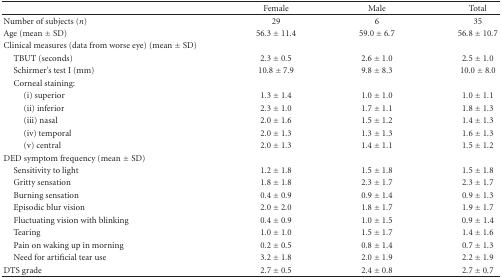
<table><thead><tr><td><b> </b></td><td><b>Female</b></td><td><b>Male</b></td><td><b>Total</b></td></tr></thead><tbody><tr><td>Number of subjects (<i>n</i>)</td><td>29</td><td>6</td><td>35</td></tr><tr><td>Age (mean ± SD)</td><td>56.3 ± 11.4</td><td>59.0 ± 6.7</td><td>56.8 ± 10.7</td></tr><tr><td>Clinical measures (data from worse eye) (mean ± SD)</td><td> </td><td> </td><td> </td></tr><tr><td> TBUT (seconds)</td><td>2.3 ± 0.5</td><td>2.6 ± 1.0</td><td>2.5 ± 1.0</td></tr><tr><td> Schirmer&#x27;s test I (mm)</td><td>10.8 ± 7.9</td><td>9.8 ± 8.3</td><td>10.0 ± 8.0</td></tr><tr><td> Corneal staining:</td><td> </td><td> </td><td> </td></tr><tr><td>(i) superior</td><td>1.3 ± 1.4</td><td>1.0 ± 1.0</td><td>1.0 ± 1.1</td></tr><tr><td>(ii) inferior</td><td>2.3 ± 1.0</td><td>1.7 ± 1.1</td><td>1.8 ± 1.3</td></tr><tr><td>(iii) nasal</td><td>2.0 ± 1.6</td><td>1.5 ± 1.2</td><td>1.4 ± 1.3</td></tr><tr><td>(iv) temporal</td><td>2.0 ± 1.3</td><td>1.3 ± 1.3</td><td>1.6 ± 1.3</td></tr><tr><td>(v) central</td><td>2.0 ± 1.3</td><td>1.4 ± 1.1</td><td>1.5 ± 1.2</td></tr><tr><td>DED symptom frequency (mean ± SD)</td><td> </td><td> </td><td> </td></tr><tr><td> Sensitivity to light</td><td>1.2 ± 1.8</td><td>1.5 ± 1.8</td><td>1.5 ± 1.8</td></tr><tr><td> Gritty sensation</td><td>1.8 ± 1.8</td><td>2.3 ± 1.7</td><td>2.3 ± 1.7</td></tr><tr><td> Burning sensation</td><td>0.4 ± 0.9</td><td>0.9 ± 1.4</td><td>0.9 ± 1.3</td></tr><tr><td> Episodic blur vision</td><td>2.0 ± 2.0</td><td>1.8 ± 1.7</td><td>1.9 ± 1.7</td></tr><tr><td> Fluctuating vision with blinking</td><td>0.4 ± 0.9</td><td>1.0 ± 1.5</td><td>0.9 ± 1.4</td></tr><tr><td> Tearing</td><td>1.0 ± 1.0</td><td>1.5 ± 1.7</td><td>1.4 ± 1.6</td></tr><tr><td> Pain on waking up in morning</td><td>0.2 ± 0.5</td><td>0.8 ± 1.4</td><td>0.7 ± 1.3</td></tr><tr><td> Need for artificial tear use</td><td>3.2 ± 1.8</td><td>2.0 ± 1.9</td><td>2.2 ± 1.9</td></tr><tr><td>DTS grade</td><td>2.7 ± 0.5</td><td>2.4 ± 0.8</td><td>2.7 ± 0.7</td></tr></tbody></table>